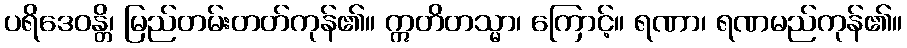
ပရိဒေဝန္တိ၊ မြည်တမ်းတတ်ကုန်၏။ ဣတိတသ္မာ၊ ကြောင့်။ ရဏာ၊ ရဏမည်ကုန်၏။